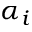
\alpha _ { i }